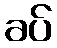
ခပ်